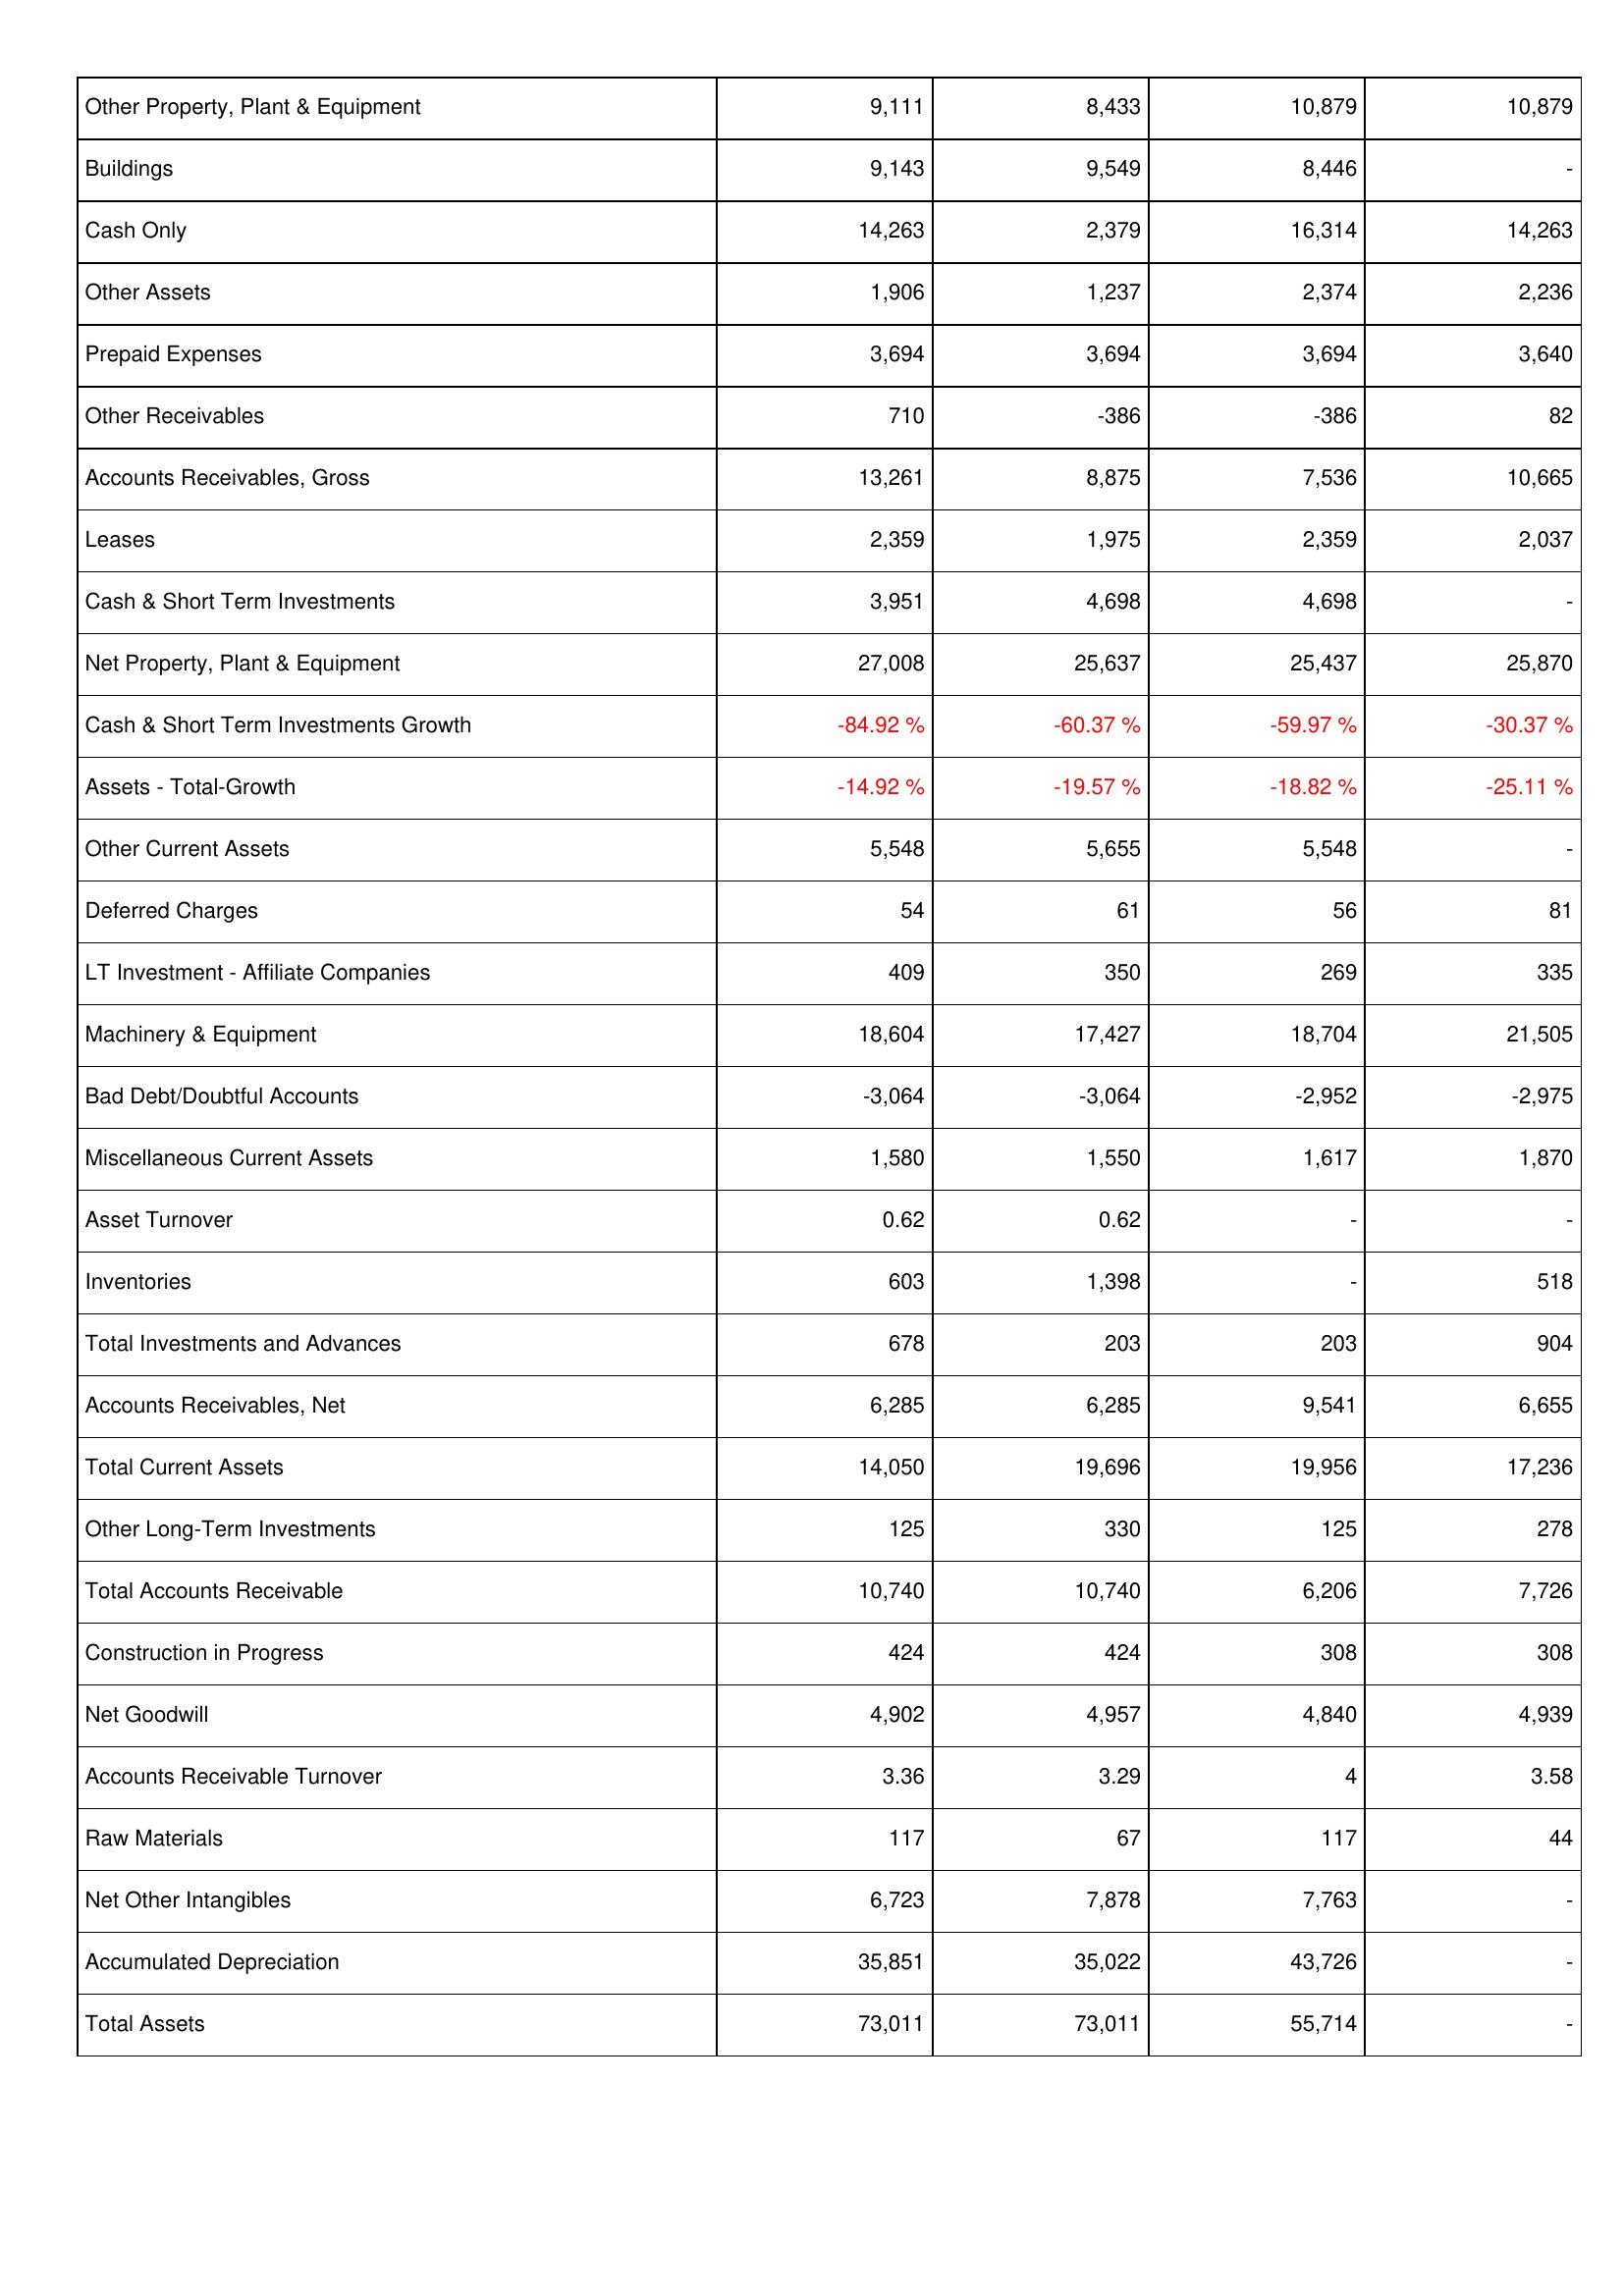
2008: Assets: Other Property, Plant & Equipment: 9,111
Buildings: 9,143
Cash Only: 14,263
Other Assets: 1,906
Prepaid Expenses: 3,694
Other Receivables: 710
Accounts Receivables, Gross: 13,261
Leases: 2,359
Cash & Short Term Investments: 3,951
Net Property, Plant & Equipment: 27,008
Cash & Short Term Investments Growth: -84.92 %
Assets - Total-Growth: -14.92 %
Other Current Assets: 5,548
Deferred Charges: 54
LT Investment - Affiliate Companies: 409
Machinery & Equipment: 18,604
Bad Debt/Doubtful Accounts: -3,064
Miscellaneous Current Assets: 1,580
Asset Turnover: 0.62
Inventories: 603
Total Investments and Advances: 678
Accounts Receivables, Net: 6,285
Total Current Assets: 14,050
Other Long-Term Investments: 125
Total Accounts Receivable: 10,740
Construction in Progress: 424
Net Goodwill: 4,902
Accounts Receivable Turnover: 3.36
Raw Materials: 117
Net Other Intangibles: 6,723
Accumulated Depreciation: 35,851
Total Assets: 73,011
2007: Assets: Other Property, Plant & Equipment: 8,433
Buildings: 9,549
Cash Only: 2,379
Other Assets: 1,237
Prepaid Expenses: 3,694
Other Receivables: -386
Accounts Receivables, Gross: 8,875
Leases: 1,975
Cash & Short Term Investments: 4,698
Net Property, Plant & Equipment: 25,637
Cash & Short Term Investments Growth: -60.37 %
Assets - Total-Growth: -19.57 %
Other Current Assets: 5,655
Deferred Charges: 61
LT Investment - Affiliate Companies: 350
Machinery & Equipment: 17,427
Bad Debt/Doubtful Accounts: -3,064
Miscellaneous Current Assets: 1,550
Asset Turnover: 0.62
Inventories: 1,398
Total Investments and Advances: 203
Accounts Receivables, Net: 6,285
Total Current Assets: 19,696
Other Long-Term Investments: 330
Total Accounts Receivable: 10,740
Construction in Progress: 424
Net Goodwill: 4,957
Accounts Receivable Turnover: 3.29
Raw Materials: 67
Net Other Intangibles: 7,878
Accumulated Depreciation: 35,022
Total Assets: 73,011
2006: Assets: Other Property, Plant & Equipment: 10,879
Buildings: 8,446
Cash Only: 16,314
Other Assets: 2,374
Prepaid Expenses: 3,694
Other Receivables: -386
Accounts Receivables, Gross: 7,536
Leases: 2,359
Cash & Short Term Investments: 4,698
Net Property, Plant & Equipment: 25,437
Cash & Short Term Investments Growth: -59.97 %
Assets - Total-Growth: -18.82 %
Other Current Assets: 5,548
Deferred Charges: 56
LT Investment - Affiliate Companies: 269
Machinery & Equipment: 18,704
Bad Debt/Doubtful Accounts: -2,952
Miscellaneous Current Assets: 1,617
Asset Turnover: -
Inventories: -
Total Investments and Advances: 203
Accounts Receivables, Net: 9,541
Total Current Assets: 19,956
Other Long-Term Investments: 125
Total Accounts Receivable: 6,206
Construction in Progress: 308
Net Goodwill: 4,840
Accounts Receivable Turnover: 4
Raw Materials: 117
Net Other Intangibles: 7,763
Accumulated Depreciation: 43,726
Total Assets: 55,714
2005: Assets: Other Property, Plant & Equipment: 10,879
Buildings: -
Cash Only: 14,263
Other Assets: 2,236
Prepaid Expenses: 3,640
Other Receivables: 82
Accounts Receivables, Gross: 10,665
Leases: 2,037
Cash & Short Term Investments: -
Net Property, Plant & Equipment: 25,870
Cash & Short Term Investments Growth: -30.37 %
Assets - Total-Growth: -25.11 %
Other Current Assets: -
Deferred Charges: 81
LT Investment - Affiliate Companies: 335
Machinery & Equipment: 21,505
Bad Debt/Doubtful Accounts: -2,975
Miscellaneous Current Assets: 1,870
Asset Turnover: -
Inventories: 518
Total Investments and Advances: 904
Accounts Receivables, Net: 6,655
Total Current Assets: 17,236
Other Long-Term Investments: 278
Total Accounts Receivable: 7,726
Construction in Progress: 308
Net Goodwill: 4,939
Accounts Receivable Turnover: 3.58
Raw Materials: 44
Net Other Intangibles: -
Accumulated Depreciation: -
Total Assets: -